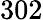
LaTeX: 302